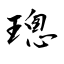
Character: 璁